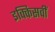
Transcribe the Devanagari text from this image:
इक्किसवीं